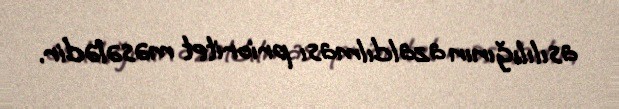
asılılığının azaldılması prioritet məsələdir.